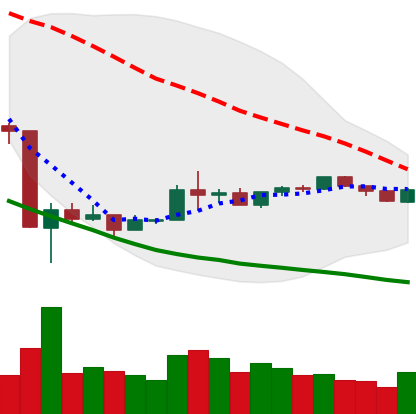
Ticker: BNB-USD
Chart end date: 2020-03-30
Forward return: 12.515%
Label: up_7plus